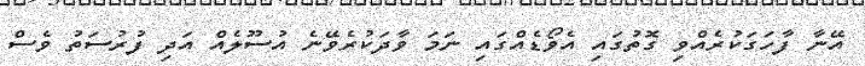
އޭނާ ފާހަގަކުރެއްވި ގޮތުގައި އެވޯޑެއްގައި ނަމަ ވާދަކުރެވޭނެ އުސޫލެއް އަދި ފުރުސަތު ވެސް